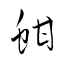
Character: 蚶